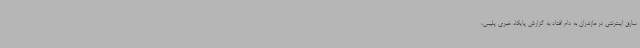
سارق اینترنتی در مازندران به دام افتاد به گزارش پایگاه خبری پلیس،